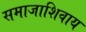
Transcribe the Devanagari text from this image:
समाजाशिवाय